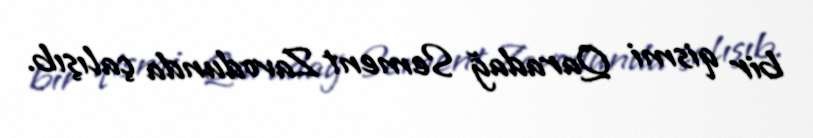
bir qismi Qaradağ Sement Zavodunda çalışıb.